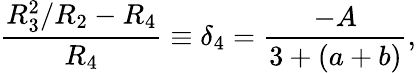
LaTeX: \frac{R_{3}^{2}/R_{2}-R_{4}}{R_{4}}\equiv\delta_{4}=\frac{-A}{3+(a+b)},